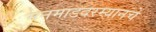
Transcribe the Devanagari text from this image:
मनमाडदरम्यानचे